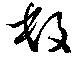
数